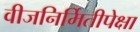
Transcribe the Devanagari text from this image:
वीजनिर्मितीपेक्षा